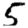
Digit: 5